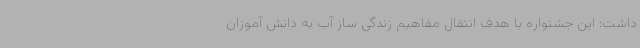
داشت: این جشنواره با هدف انتقال مفاهیم زندگی ساز آب به دانش آموزان